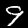
Digit: 9